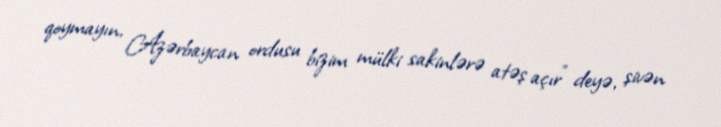
qoymayın, Azərbaycan ordusu bizim mülki sakinlərə atəş açır” deyə, şivən